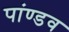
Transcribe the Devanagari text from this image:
पांण्‍डव